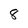
Character: 8